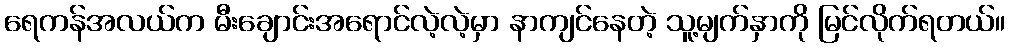
ရေကန်အလယ်က မီးချောင်းအရောင်လဲ့လဲ့မှာ နာကျင်နေတဲ့ သူ့မျက်နှာကို မြင်လိုက်ရတယ်။